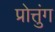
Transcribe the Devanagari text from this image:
प्रोत्तुंग